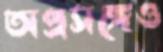
অপ্রসঙ্গেও